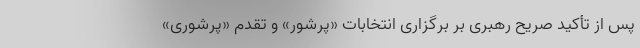
پس از تأکید صریح رهبری بر برگزاری انتخابات «پرشور» و تقدم «پرشوری»